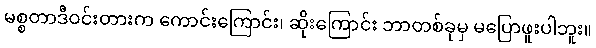
မစ္စတာဒီဝင်းတားက ကောင်းကြောင်း၊ ဆိုးကြောင်း ဘာတစ်ခုမှ မပြောဖူးပါဘူး။